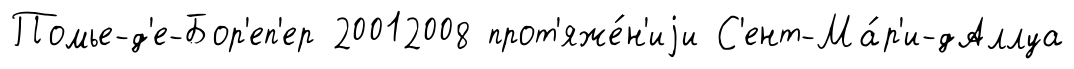
Помье-д'е-Бор'еп'ер 20012008 прот'яже́н'иjи С'ент-Ма́р'и-дАллуа